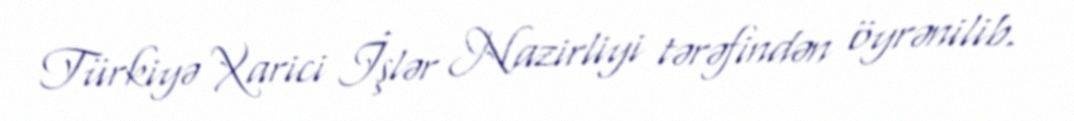
Türkiyə Xarici İşlər Nazirliyi tərəfindən öyrənilib.